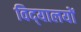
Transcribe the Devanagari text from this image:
विद्‌यालयों